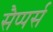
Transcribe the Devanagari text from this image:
सैप्पर्स